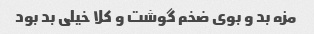
مزه بد و بوی ضخم گوشت و کلا خیلی بد بود